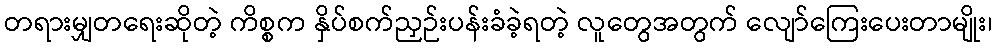
တရားမျှတရေးဆိုတဲ့ ကိစ္စက နှိပ်စက်ညှဉ်းပန်းခံခဲ့ရတဲ့ လူတွေအတွက် လျော်ကြေးပေးတာမျိုး၊